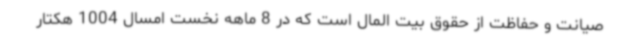
صیانت و حفاظت از حقوق بیت المال است که در 8 ماهه نخست امسال 1004 هکتار